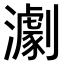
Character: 𤁴